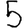
Digit: 5